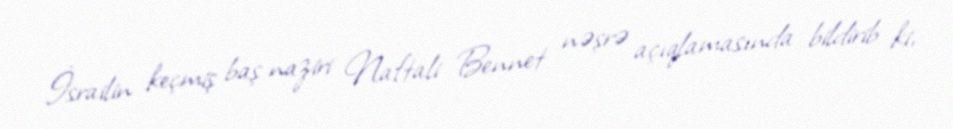
İsrailin keçmiş baş naziri Naftali Bennet nəşrə açıqlamasında bildirib ki,